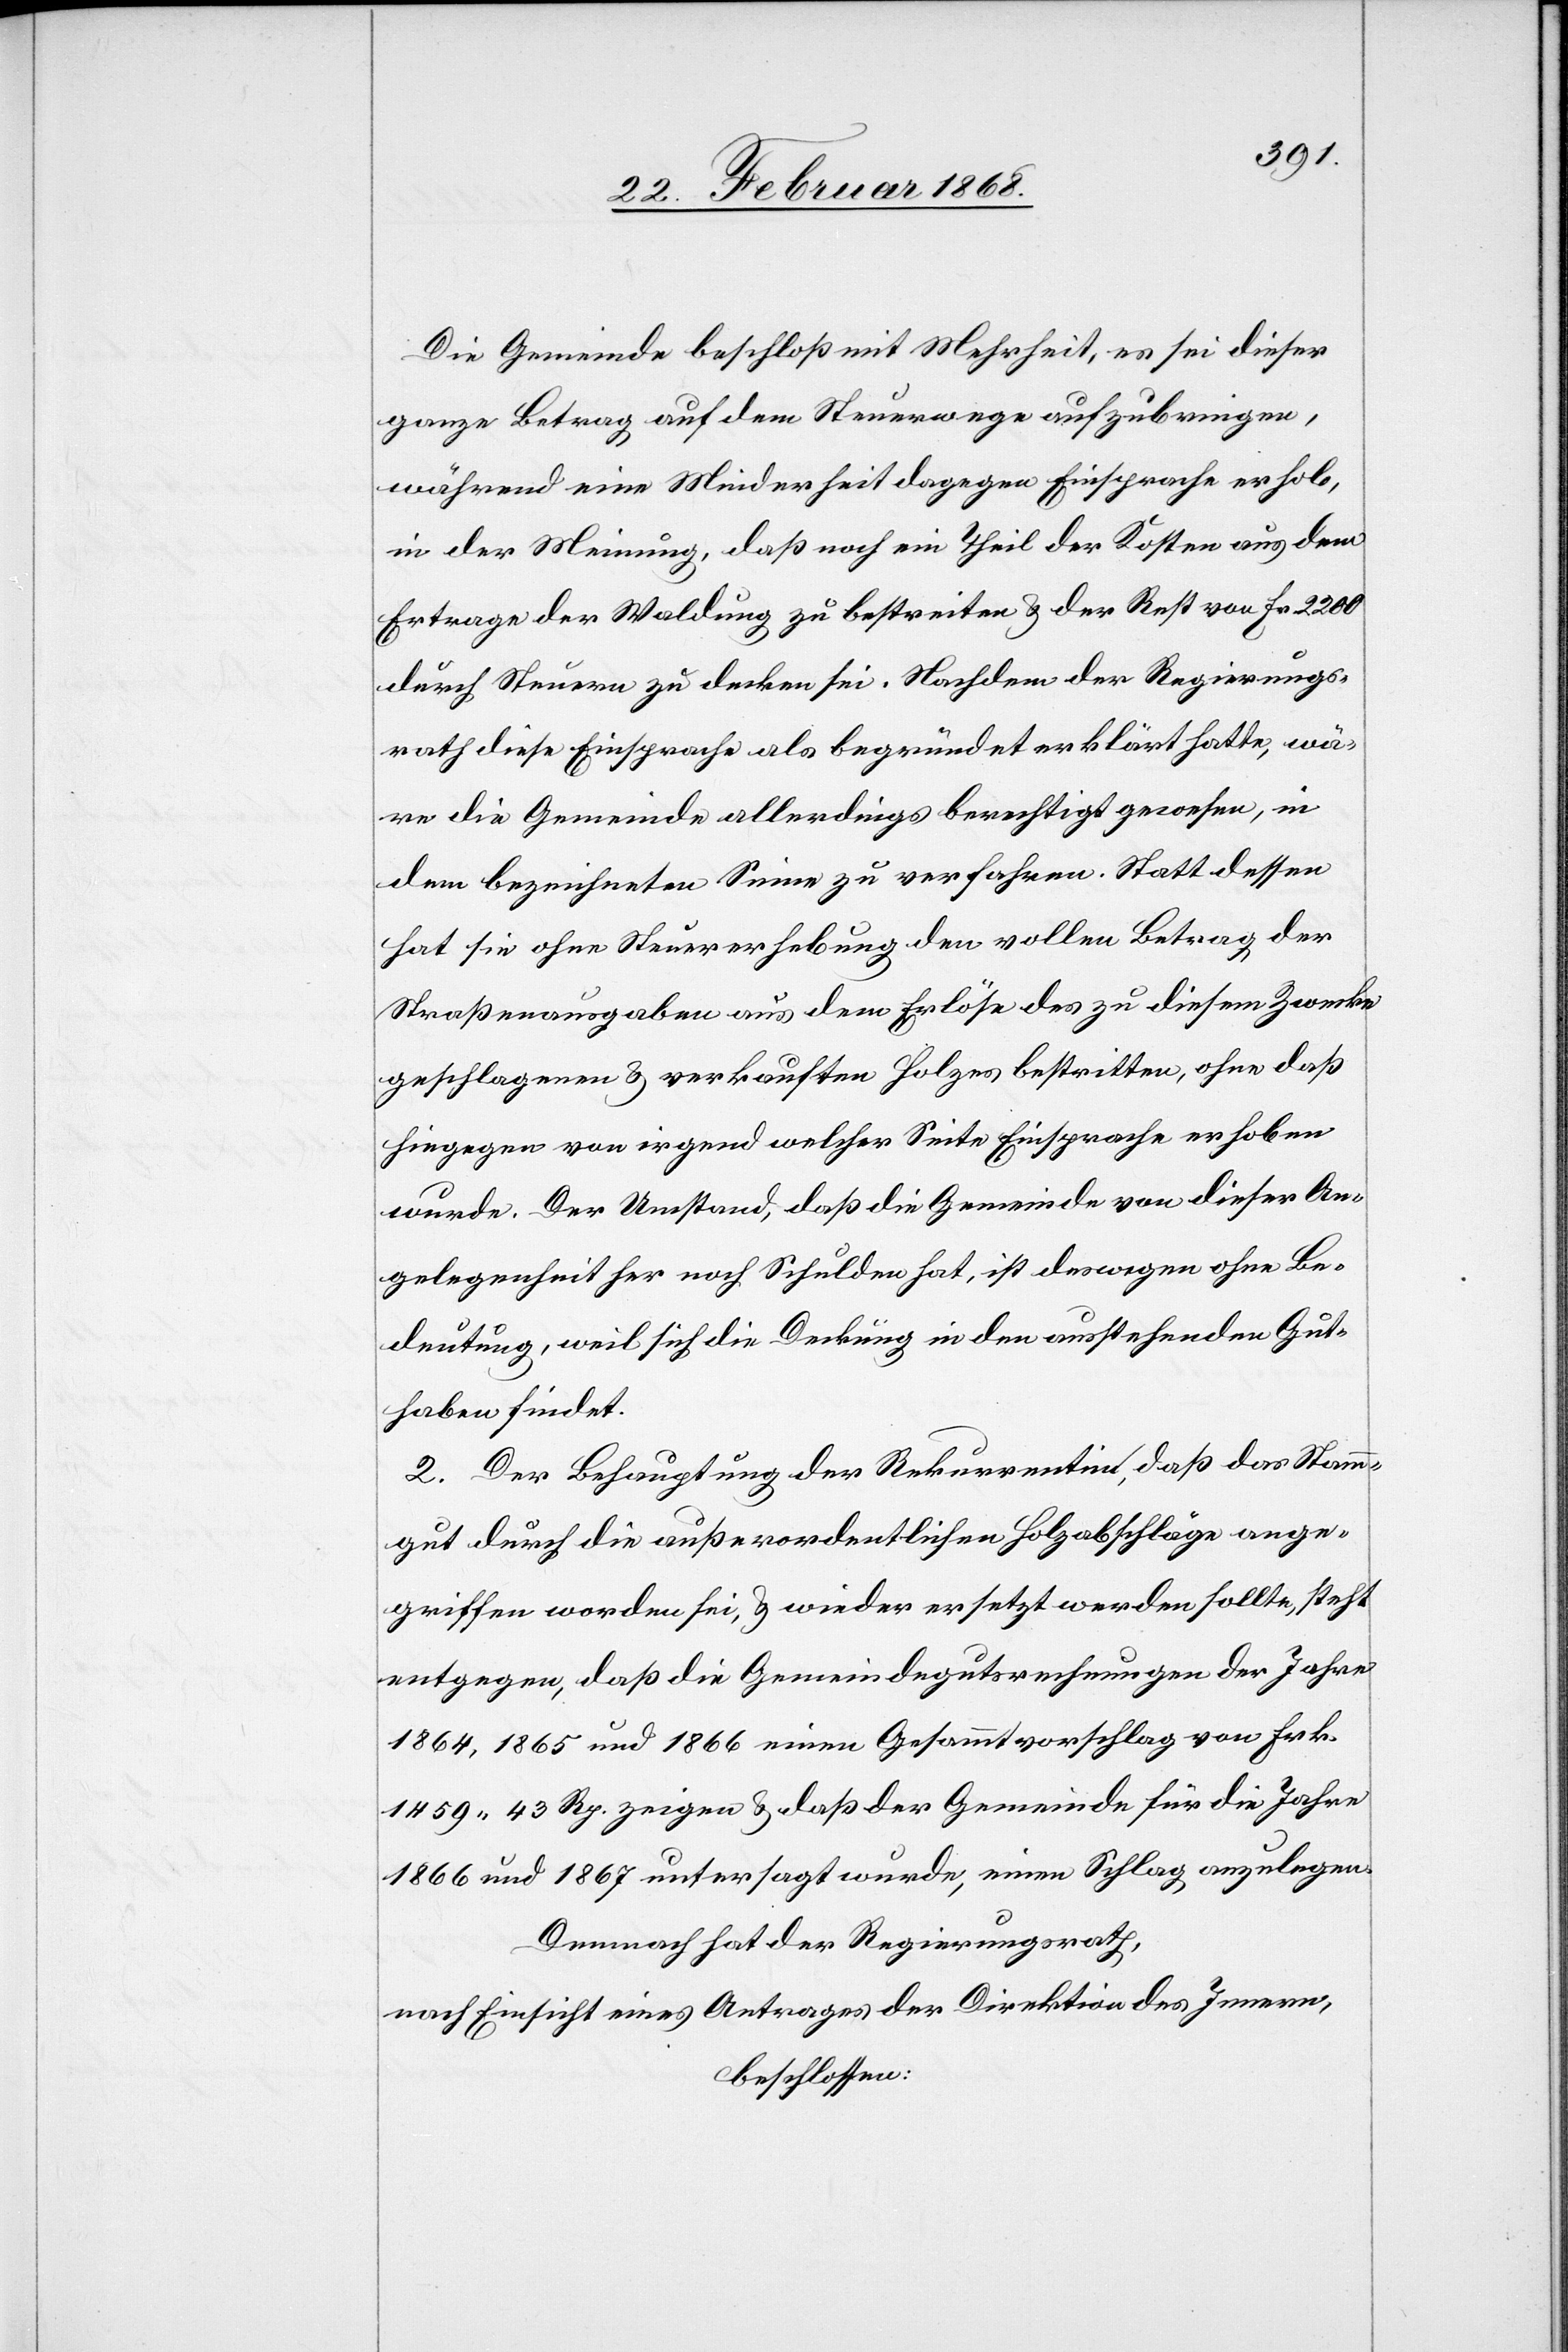
Die Gemeinde beschloß mit Mehrheit, es sei dieser
ganze Betrag auf dem Steuerwege aufzubringen,
während eine Minderheit dagegen Einsprache erhob,
in der Meinung, daß noch ein Theil der Kosten aus dem
Ertrage der Waldung zu bestreiten & der Rest von Fr. 2200
durch Steuern zu decken sei. Nachdem der Regierungs¬
rath diese Einsprache als begründet erklärt hatte, wä¬
re die Gemeinde allerdings berechtigt gewesen, in
dem bezeichneten Sinne zu verfahren. Statt dessen
hat sie ohne Steuererhebung den vollen Betrag der
Straßenausgaben aus dem Erlöse des zu diesem Zwecke
geschlagenen & verkauften Holzes bestritten, ohne daß
hiegegen von irgend welcher Seite Einsprache erhoben
wurde. Der Umstand, daß die Gemeinde von dieser An¬
gelegenheit her noch Schulden hat, ist deswegen ohne Be¬
deutung, weil sich die Deckung in den ausstehenden Gut¬
haben findet.
2. Der Behauptung der Rekurrentin, daß das Stamm¬
gut durch die außerordentlichen Holzabschläge ange¬
griffen worden sei, & wieder ersetzt werden sollte, steht
entgegen, daß die Gemeindegutsrechnungen der Jahre
1864, 1865 und 1866 einen Gesammtvorschlag von Frk.
1459. 43 Rp. zeigen & daß der Gemeinde für die Jahre
1866 und 1867 untersagt wurde, einen Schlag anzulegen.
Demnach hat der Regierungsrath,
nach Einsicht eines Antrages der Direktion des Innern,
beschlossen: